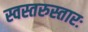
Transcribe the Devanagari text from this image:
स्वस्तरुस्तारः